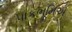
પાકભૂમિએ